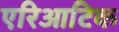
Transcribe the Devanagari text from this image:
एरिआटिक